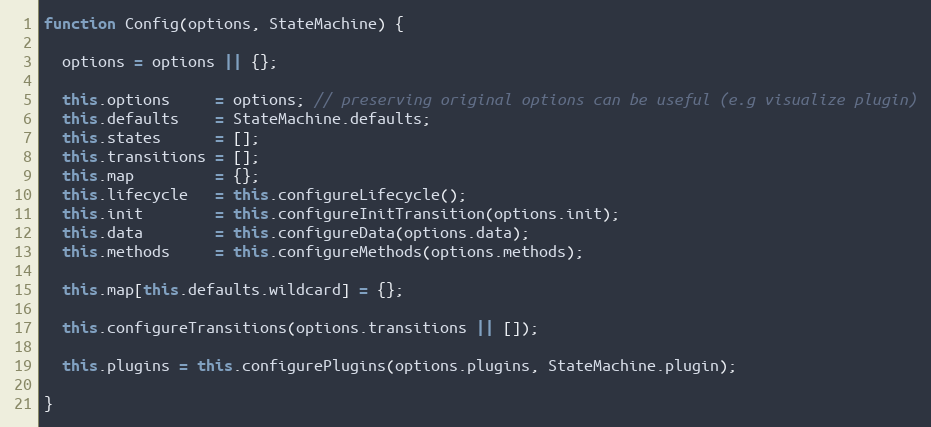
Language: JavaScript
function Config(options, StateMachine) {

  options = options || {};

  this.options     = options; // preserving original options can be useful (e.g visualize plugin)
  this.defaults    = StateMachine.defaults;
  this.states      = [];
  this.transitions = [];
  this.map         = {};
  this.lifecycle   = this.configureLifecycle();
  this.init        = this.configureInitTransition(options.init);
  this.data        = this.configureData(options.data);
  this.methods     = this.configureMethods(options.methods);

  this.map[this.defaults.wildcard] = {};

  this.configureTransitions(options.transitions || []);

  this.plugins = this.configurePlugins(options.plugins, StateMachine.plugin);

}